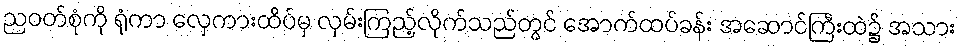
ညဝတ်စုံကို ရုံကာ လှေကားထိပ်မှ လှမ်းကြည့်လိုက်သည်တွင် အောက်ထပ်ခန်း အဆောင်ကြီးထဲ၌ အသား